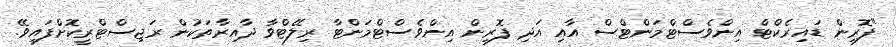
"ފޮރިން ޑައިރެކްޓް އިންވެސްޓްމަންޓްސް އާއި އަދި ފޮރިން އިންވެސްޓްމަންޓާ ރިލޭޓްވާ ދާއިރާތަކުން ރަޖިސްޓްރީކޮށްފައިވޭ.